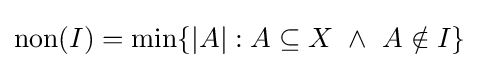
\operatorname {non} (I)=\min\{|A|:A\subseteq X\ \wedge \ A\notin I\}